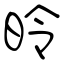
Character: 昤